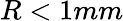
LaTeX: R<1mm